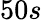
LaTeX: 50s